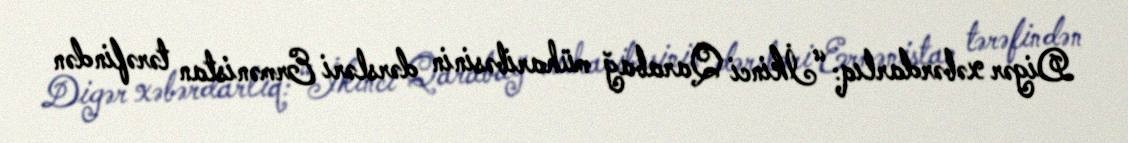
Digər xəbərdarlıq: “İkinci Qarabağ müharibəsinin dərsləri Ermənistan tərəfindən